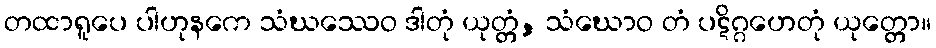
တထာရူပေ ပါဟုနကေ သံဃဿေဝ ဒါတုံ ယုတ္တံ, သံဃောဝ တံ ပဋိဂ္ဂဟေတုံ ယုတ္တော။